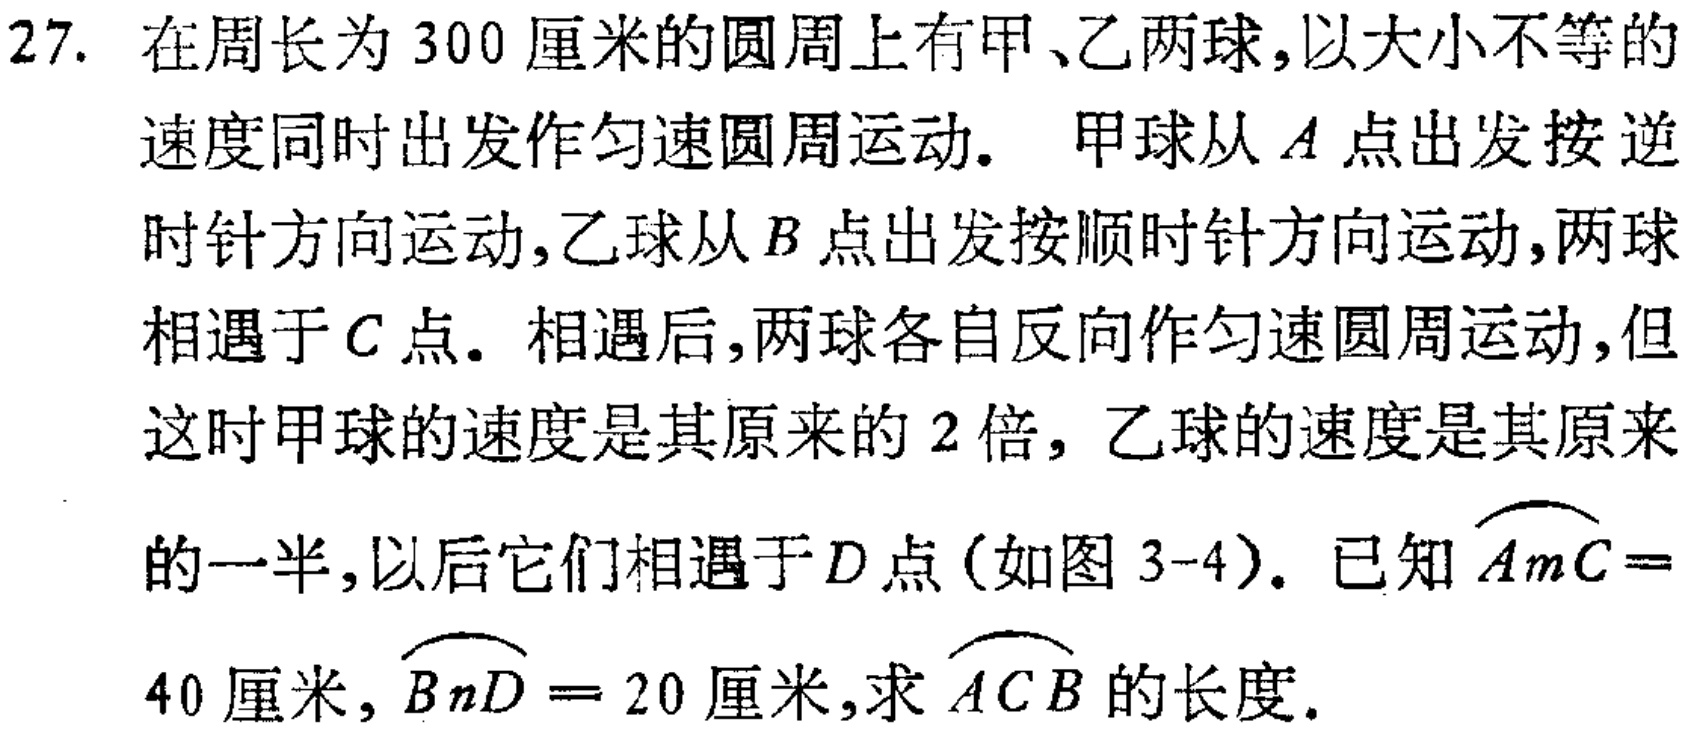
27. 在周长为 300 厘米的圆周上有甲、乙两球,以大小不等的速度同时出发作匀速圆周运动. 甲球从\(A\)点出发按逆时针方向运动,乙球从\(B\)点出发按顺时针方向运动,两球相遇于\(C\)点. 相遇后,两球各自反向作匀速圆周运动,但这时甲球的速度是其原来的 2 倍,乙球的速度是其原来的一半,以后它们相遇于\(D\)点(如图 3-4). 已知\(\overset{\frown}{AmC}=40\)厘米,\(\overset{\frown}{BnD}=20\)厘米,求\(\overset{\frown}{ACB}\)的长度.